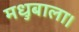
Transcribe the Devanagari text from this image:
मधुबाला।